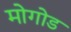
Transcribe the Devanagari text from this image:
मोगोड